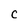
Character: C